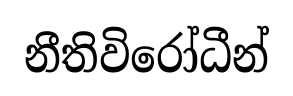
නීතිවිරෝධීන්